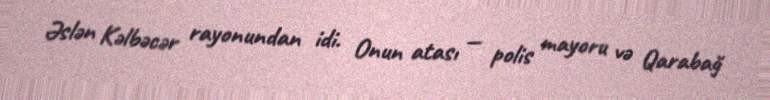
Əslən Kəlbəcər rayonundan idi. Onun atası — polis mayoru və Qarabağ